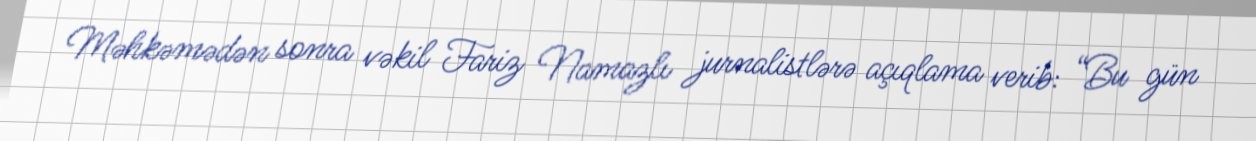
Məhkəmədən sonra vəkil Fariz Namazlı jurnalistlərə açıqlama verib: “Bu gün